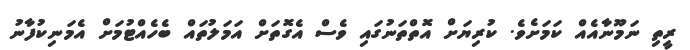
ރީތި ނަމޫނާއެއް ކަމަށެވެ. ކުރިޔަށް އޮތްތަނުގައި ވެސް އެގޮތަށް އަމަލުތައް ބެހެއްޓުމަށް އެމަނިކުފާނު